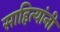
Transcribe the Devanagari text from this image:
साहित्यांनी